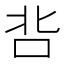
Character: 𭇑